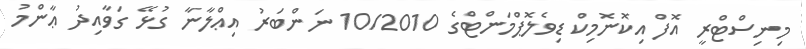
މިނިސްޓްރީ އޮފް އިކޮނޮމިކް ޑިވެލޮޕްމަންޓްގެ 10/2010 ނަންބަރު އިޢްލާނާ ގުޅޭ ގަވާއިދު ޢާންމު